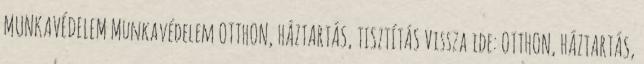
MUNKAVÉDELEM Munkavédelem OTTHON, HÁZTARTÁS, TISZTÍTÁS Vissza ide: OTTHON, HÁZTARTÁS,